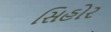
સિહોર